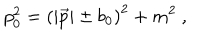
p _ { 0 } ^ { 2 } = \left( | \vec { p } | \pm b _ { 0 } \right) ^ { 2 } + m ^ { 2 } \ ,